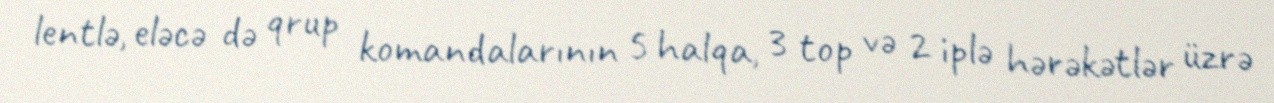
lentlə, eləcə də qrup komandalarının 5 halqa, 3 top və 2 iplə hərəkətlər üzrə